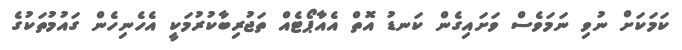
ކަމަކަށް ނުވި ނަމަވެސް ވަށައިގެން ކަނޑު އޮތް އެއާޕޯޓެއް ތަޖުރިބާކުރުމަކީ އެހެނިހެން ގައުމުތަކުގެ